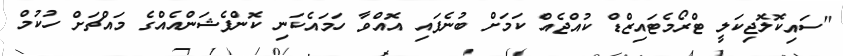
"ސައިކޮލޮޖިކަލީ ޓްރޯމެޓައިޒްޑް ކުއްޖެއް ކަމަށް ބުނެފައި އޮއްވާ ހަމައެކަނި ކޮންފެޝަންއެއްގެ މައްޗަށް ހުކުމް